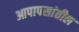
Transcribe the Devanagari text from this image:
आपापसांतील